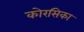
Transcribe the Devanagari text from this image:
कोरसिका